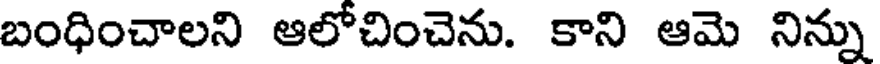
బంధించాలని ఆలోచించెను. కాని ఆమె నిన్ను